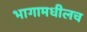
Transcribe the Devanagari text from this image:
भागामधीलच